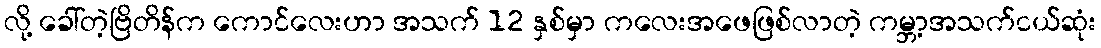
လို့ ခေါ်တဲ့ဗြိတိန်က ကောင်လေးဟာ အသက် 12 နှစ်မှာ ကလေးအဖေဖြစ်လာတဲ့ ကမ္ဘာ့အသက်ငယ်ဆုံး